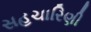
સહચારિણી